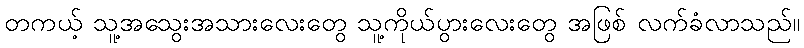
တကယ့် သူ့အသွေးအသားလေးတွေ သူ့ကိုယ်ပွားလေးတွေ အဖြစ် လက်ခံလာသည်။